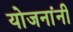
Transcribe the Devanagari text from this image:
योजनांनी